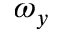
\omega _ { y }